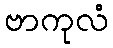
ဗာကုလံ